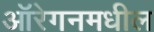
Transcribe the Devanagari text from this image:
ऑरेगनमधील